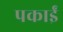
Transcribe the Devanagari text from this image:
पकाईं